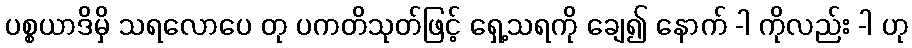
ပစ္စယာဒိမှိ သရလောပေ တု ပကတိသုတ်ဖြင့် ရှေ့သရကို ချေ၍ နောက် -ါ ကိုလည်း -ါ ဟု